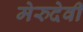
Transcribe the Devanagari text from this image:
मेरुदेवी